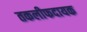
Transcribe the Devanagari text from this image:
तकलीफदायक